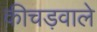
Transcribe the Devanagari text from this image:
कीचड़वाले